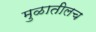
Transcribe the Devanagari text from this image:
मुळातीलच